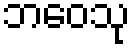
ဘဝေသု